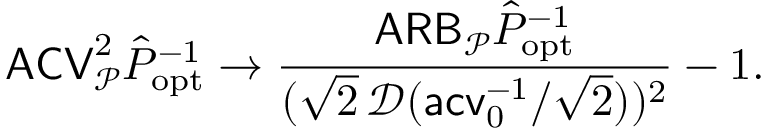
\mathsf { A C V } _ { \mathcal P } ^ { 2 } \hat { P } _ { \mathrm { o p t } } ^ { - 1 } \to \frac { \mathsf { A R B } _ { \mathcal P } \hat { P } _ { \mathrm { o p t } } ^ { - 1 } } { ( \sqrt 2 \, \mathcal D ( \mathsf { a c v } _ { 0 } ^ { - 1 } / \sqrt 2 ) ) ^ { 2 } } - 1 .